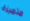
متميزة